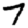
Digit: 7